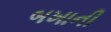
બખાની